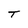
Character: T